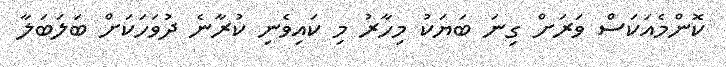
ކޮންމެއަކަސް ވަރަށް ގިނަ ބަޔަކު މިހާރު މި ކައިވެނި ކުރާނެ ދުވަހަކަށް ބަލަބަލާ